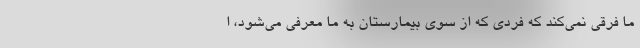
ما فرقی نمی‌کند که فردی که از سوی بیمارستان به ما معرفی می‌شود، ا